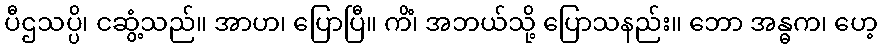
ပီဌသပ္ပိ၊ ငဆွံ့သည်။ အာဟ၊ ပြောပြီ။ ကိံ၊ အဘယ်သို့ ပြောသနည်း။ ဘော အန္ဓက၊ ဟေ့